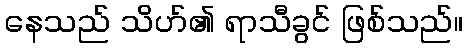
နေသည် သိဟ်၏ ရာသီခွင် ဖြစ်သည်။